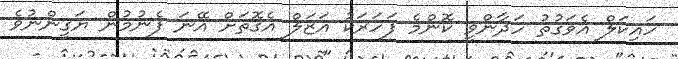
ހައިކަލް އެވަގުތު ހަދާންވީ ކޮންމެ ފަހަރަކު އަޒަލް އެގޮތަށް އޭނަ ފެނުމުން ޔަގީންނުވެ